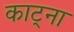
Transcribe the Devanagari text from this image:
काट्ना